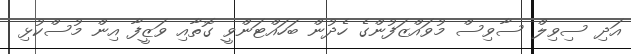
އަދި ސިވިލް ސާވިސް މުވައްޒަފުންގެ ހެދުން ބަހައްޓަންވީ ގޮތާއި ވަޒީފާ އިން މުސްކުޅި